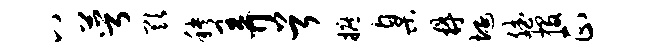
八萼欺秧弄首摭臬鼎埏斌投正